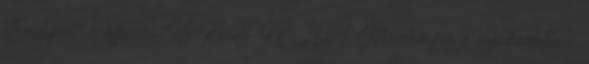
Budapest, Officina ’96 Kiadó Kft., 2014. Meseterápia a gyakorlatban.